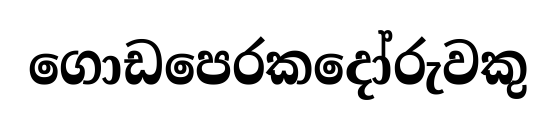
ගොඩපෙරකදෝරුවකු